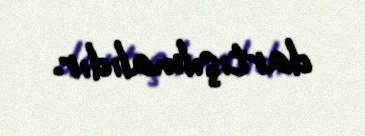
dartışılmalıdır.